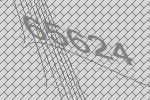
65624